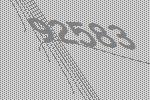
92583